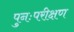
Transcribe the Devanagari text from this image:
पुनःपरीक्षण